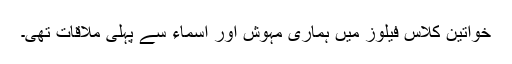
خواتین کلاس فیلوز میں ہماری مہوش اور اسماء سے پہلی ملاقات تھی۔